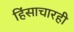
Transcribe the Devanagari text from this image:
हिंसाचारही